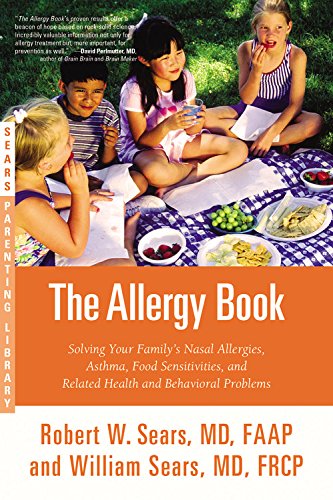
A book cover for The Allergy Book: Solving Your Family's Nasal Allergies, Asthma, Food Sensitivities, and Related Health and Behavioral Problems; Robert W. Sears; Health, Fitness & Dieting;